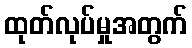
ထုတ်လုပ်မှုအတွက်